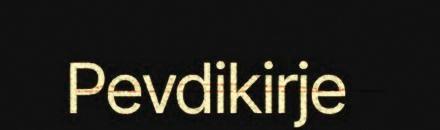
Pevdikirje